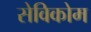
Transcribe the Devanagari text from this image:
सेविकोम